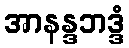
အာနန္ဒဘဒ္ဒံ